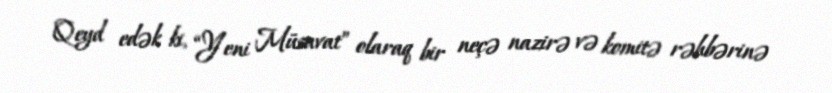
Qeyd edək ki, “Yeni Müsavat” olaraq bir neçə nazirə və komitə rəhbərinə